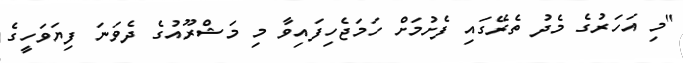
"މި އަހަރުގެ މެދު ތެރޭގައި ފެށުމަށް ހަމަޖެހިފައިވާ މި މަޝްރޫއުގެ ދެވަނަ ފިޔަވަހީގެ